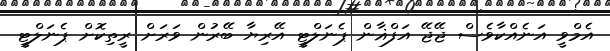
އެމްވީ އަނެއްކާވެސް ޖޭޖޭ އަފްޣާން ޕެނަލްޓީ އޭރިޔާ ބޭރުން ވަރަށް ރީތިކޮށް ޕެނަލްޓީ